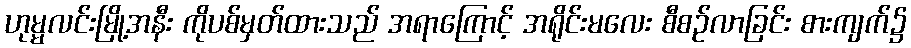
ဟုမ္မလင်းမြို့အနီး ကိုပစ်မှတ်ထားသည် အရာကြောင့် အရိုင်းမလေး စီစဉ်လာခြင်း စားကျက်၌